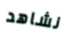
نشاهد